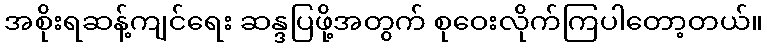
အစိုးရဆန့်ကျင်ရေး ဆန္ဒပြဖို့အတွက် စုဝေးလိုက်ကြပါတော့တယ်။